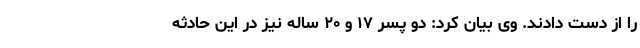
را از دست دادند. وی بیان کرد: دو پسر ۱۷ و ۲۰ ساله نیز در این حادثه